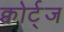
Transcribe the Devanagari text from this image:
क्वोर्ट्‌ज